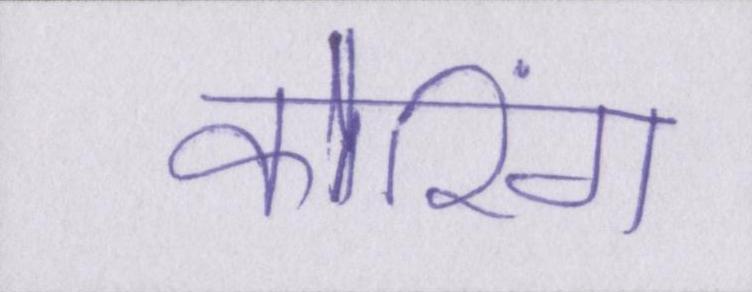
कोरिंग